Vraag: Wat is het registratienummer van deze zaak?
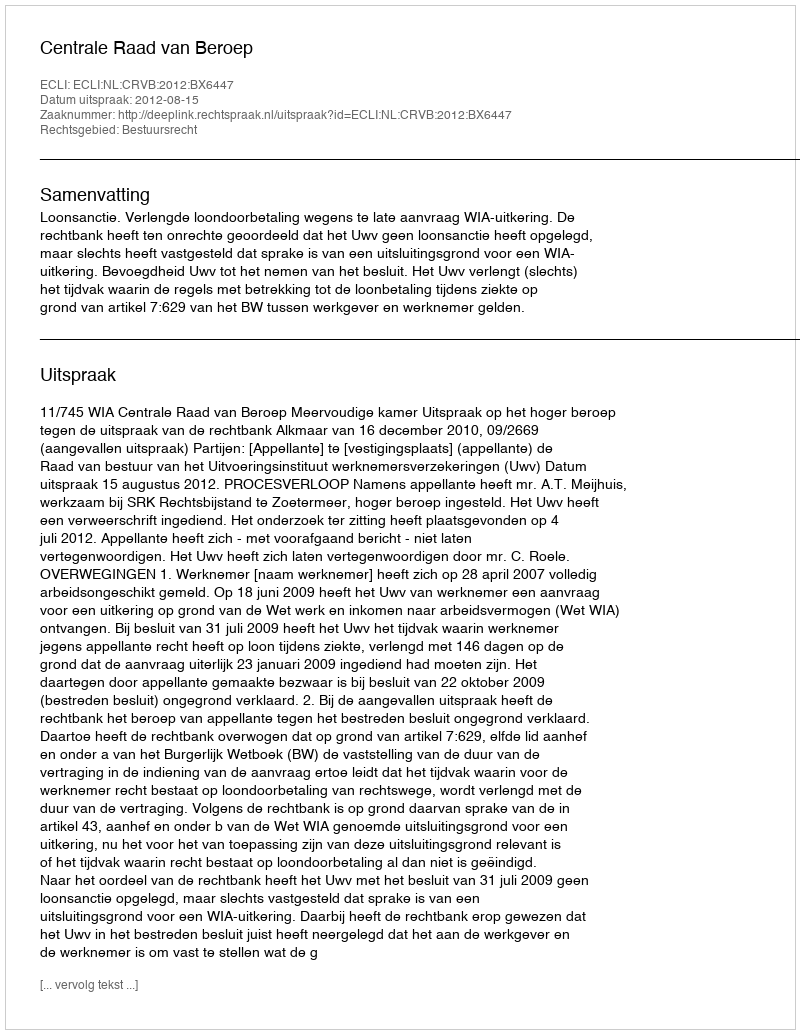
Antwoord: http://deeplink.rechtspraak.nl/uitspraak?id=ECLI:NL:CRVB:2012:BX6447